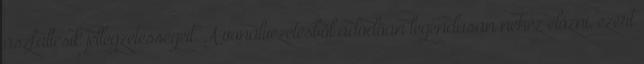
aszfaltcsík jellegzetességeit. A vonalvezetésből adódóan legendásan nehéz előzni, ezért